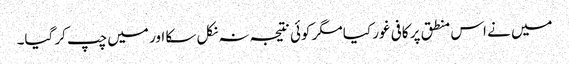
میں نے اس منطق پر کافی غور کیا مگر کوئی نتیجہ نہ نکل سکا اور میں چپ کر گیا۔